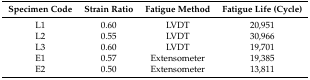
| Specimen Code | Strain Ratio | Fatigue Method | Fatigue Life (Cycle) |
 | --- | --- | --- | --- |
 | L1 | 0.60 | LVDT | 20,951 |
 | L2 | 0.55 | LVDT | 30,966 |
 | L3 | 0.60 | LVDT | 19,701 |
 | E1 | 0.57 | Extensometer | 19,385 |
 | E2 | 0.50 | Extensometer | 13,811 |